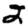
Digit: 2